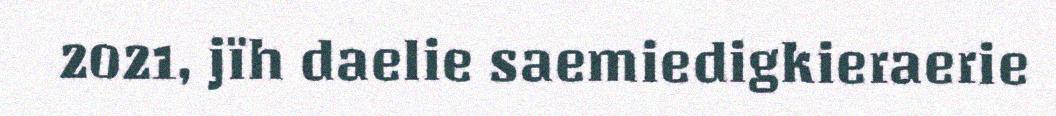
2021, jïh daelie saemiedigkieraerie